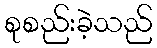
စုစည်းခဲ့သည်